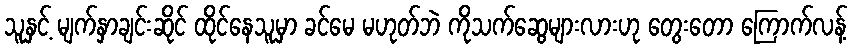
သူနှင့် မျက်နှာချင်းဆိုင် ထိုင်နေသူမှာ ခင်မေ မဟုတ်ဘဲ ကိုသက်ဆွေများလားဟု တွေးတော ကြောက်လန့်